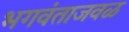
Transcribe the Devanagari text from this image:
भगवंताजवळ